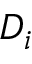
D _ { i }